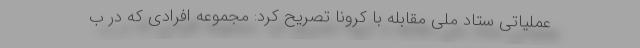
عملیاتی ستاد ملی مقابله با کرونا تصریح کرد: مجموعه افرادی که در ب